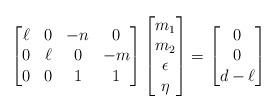
LaTeX: \begin{align*}\begin{bmatrix}\ell & 0 & -n & 0 \\0 & \ell & 0 & -m \\0 & 0 & 1 & 1 \\\end{bmatrix}\begin{bmatrix}m_1\\ m_2\\ \epsilon\\ \eta\end{bmatrix} =\begin{bmatrix}0 \\ 0 \\ d-\ell\end{bmatrix}\end{align*}